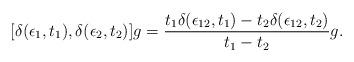
LaTeX: \begin{align*}[\delta (\epsilon_1, t_1), \delta (\epsilon_2, t_2)]g = {t_1 \delta(\epsilon_{12},t_1) - t_2 \delta (\epsilon_{12}, t_2)\over t_1 - t_2}g.\end{align*}